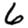
Digit: 6